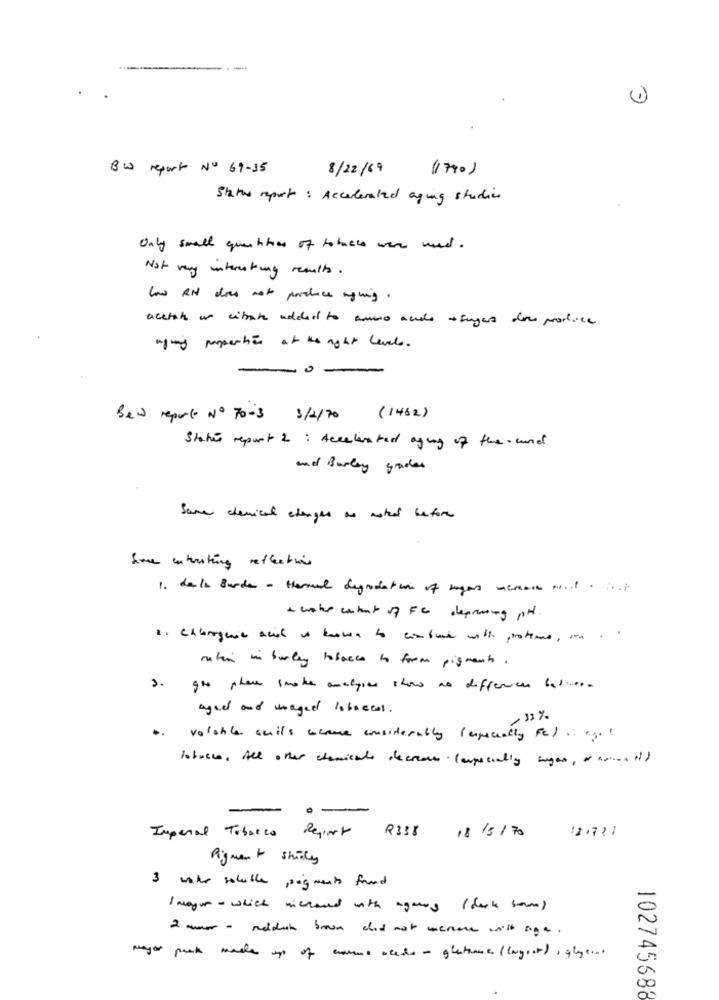
BW report Nº 69-35
8/22/69
(1790)
Status report : Accelerated aging studies
Only small quantities of tobacco weare used.
Not very interesting results .
Low RN does not produce mying.
acetato un citrate added to anno acielo +sugars done prodluica
agony properties at the night levels.
-0
Bew report Nº 70-3 3/2/20 (1462)
Status report 2: Accelerated aging of the- und
and Barley grades
Same chemical changes as noted before
Some interesting reflections
1. dela Burde - themed degradation of sugar marcas-list
+ water content of FC depressing pot.
ration in burley tobacco to form pigments .
gos phere smoke analyses show as differences balos.
aged and usaged loboccas .
, 33 %
..
volshile sails acame considerably (especially Fc) ....!
tobacco, All other chemicals decrease. (especially sugar, ahorros it)
R338
18/5/70
Imperial Tobacco Request
1771
Pigment shiny
3 with soluble pigments found
Imagur - which michand with agunny (dock som)
2 mar - neidan brown did not mennene with age .
mayor puck made up of enorme acade - glutine ( lograr) , glyco.
102745688